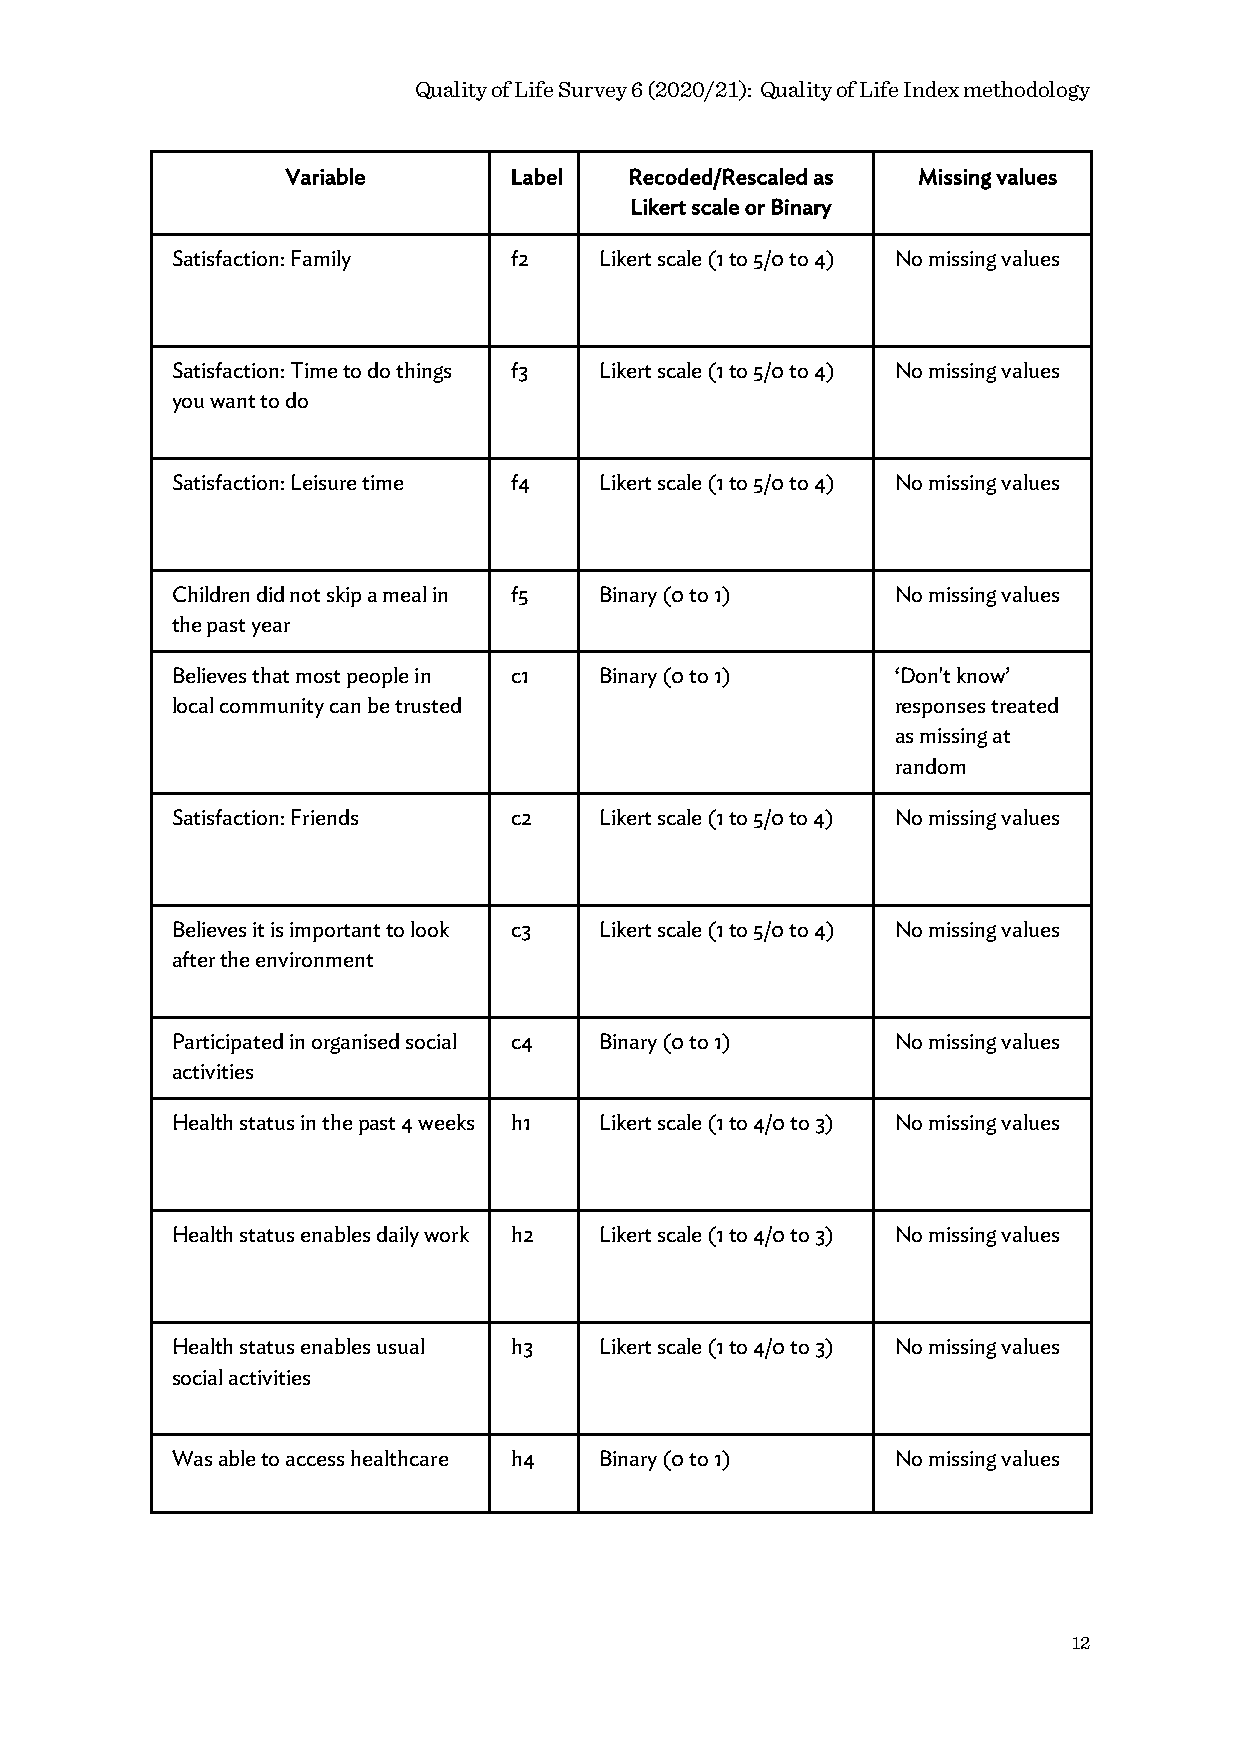
Quality of Life Survey 6 (2020/21): Quality of Life Index methodology
 Variable       Label   Recoded/Rescaled as Missing values
 Likert scale or Binary
 Satisfaction: Family   f2    Likert scale (1 to 5/0 to 4) No missing values
 Satisfaction: Time to do things f3 Likert scale (1 to 5/0 to 4) No missing values
 you want to do
 Satisfaction: Leisure time f4 Likert scale (1 to 5/0 to 4) No missing values
 Children did not skip a meal in f5 Binary (0 to 1) No missing values
 the past year
 Believes that most people in c1 Binary (0 to 1) ‘Don't know’
 local community can be trusted                  responses treated
 as missing at
 random
 Satisfaction: Friends  c2    Likert scale (1 to 5/0 to 4) No missing values
 Believes it is important to look c3 Likert scale (1 to 5/0 to 4) No missing values
 after the environment
 Participated in organised social c4 Binary (0 to 1) No missing values
 activities
 Health status in the past 4 weeks h1 Likert scale (1 to 4/0 to 3) No missing values
 Health status enables daily work h2 Likert scale (1 to 4/0 to 3) No missing values
 Health status enables usual h3 Likert scale (1 to 4/0 to 3) No missing values
 social activities
 Was able to access healthcare h4 Binary (0 to 1) No missing values
 12